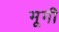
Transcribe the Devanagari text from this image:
मूगी